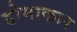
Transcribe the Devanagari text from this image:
डोमाकार